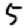
Digit: 5